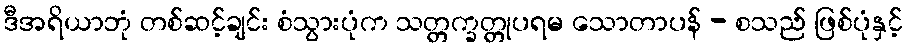
ဒီအရိယာဘုံ တစ်ဆင့်ချင်း စံသွားပုံက သတ္တက္ခတ္တုပရမ သောတာပန် - စသည် ဖြစ်ပုံနှင့်